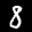
Label: 8